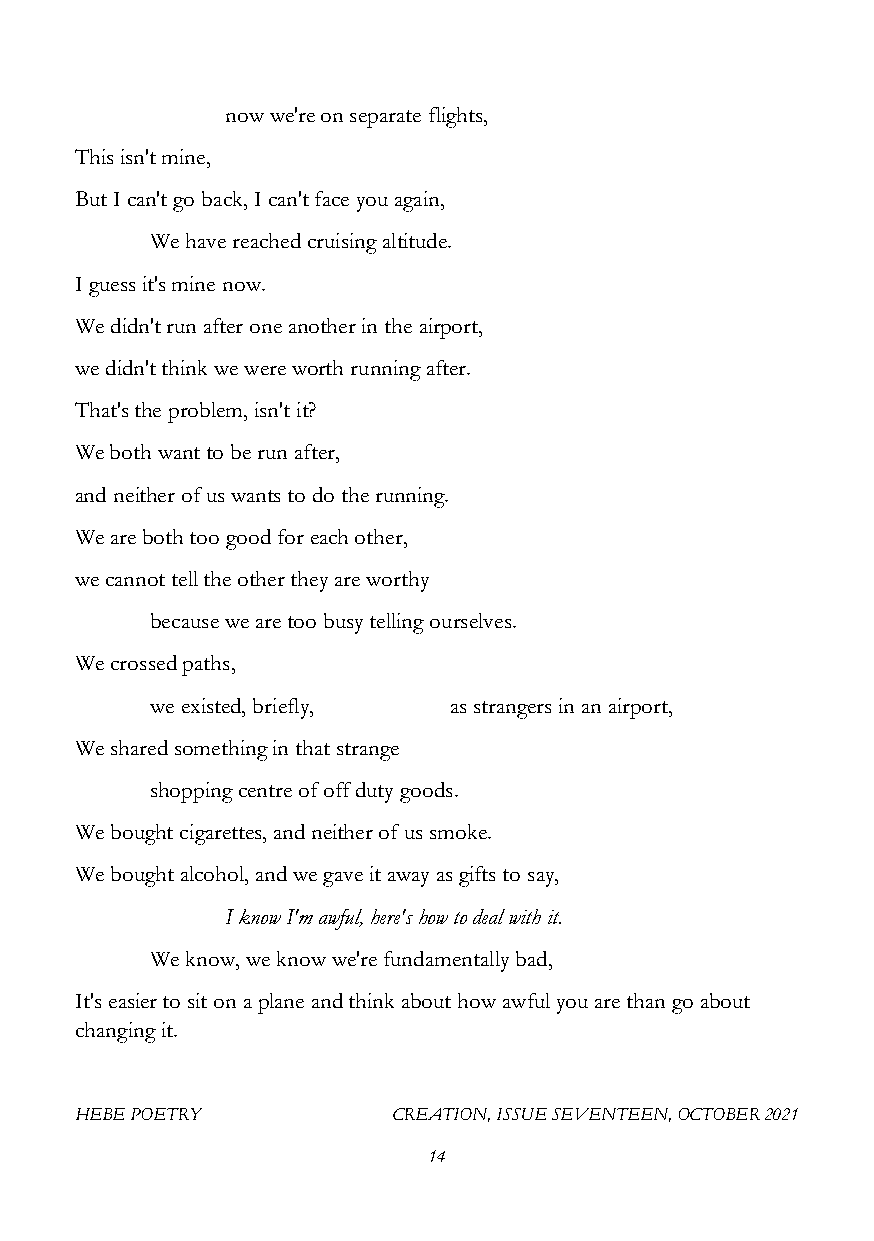
now we're on separate flights,
 This isn't mine,
 But I can't go back, I can't face you again,
 We have reached cruising altitude.
 I guess it's mine now.
 We didn't run after one another in the airport,
 we didn't think we were worth running after.
 That's the problem, isn't it?
 We both want to be run after,
 and neither of us wants to do the running.
 We are both too good for each other,
 we cannot tell the other they are worthy
 because we are too busy telling ourselves.
 We crossed paths,
 we existed, briefly, as strangers in an airport,
 We shared something in that strange
 shopping centre of off duty goods.
 We bought cigarettes, and neither of us smoke.
 We bought alcohol, and we gave it away as gifts to say,
 I know I'm awful, here's how to deal with it.
 We know, we know we're fundamentally bad,
 It's easier to sit on a plane and think about how awful you are than go about
 changing it.
 HEBE POETRY          CREATION, ISSUE SEVENTEEN, OCTOBER 2021
 14